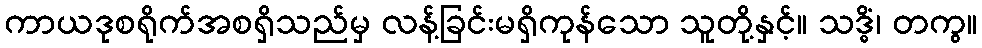
ကာယဒုစရိုက်အစရှိသည်မှ လန့်ခြင်းမရှိကုန်သော သူတို့နှင့်။ သဒ္ဓိံ၊ တကွ။